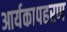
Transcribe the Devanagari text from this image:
आर्यकापहरण